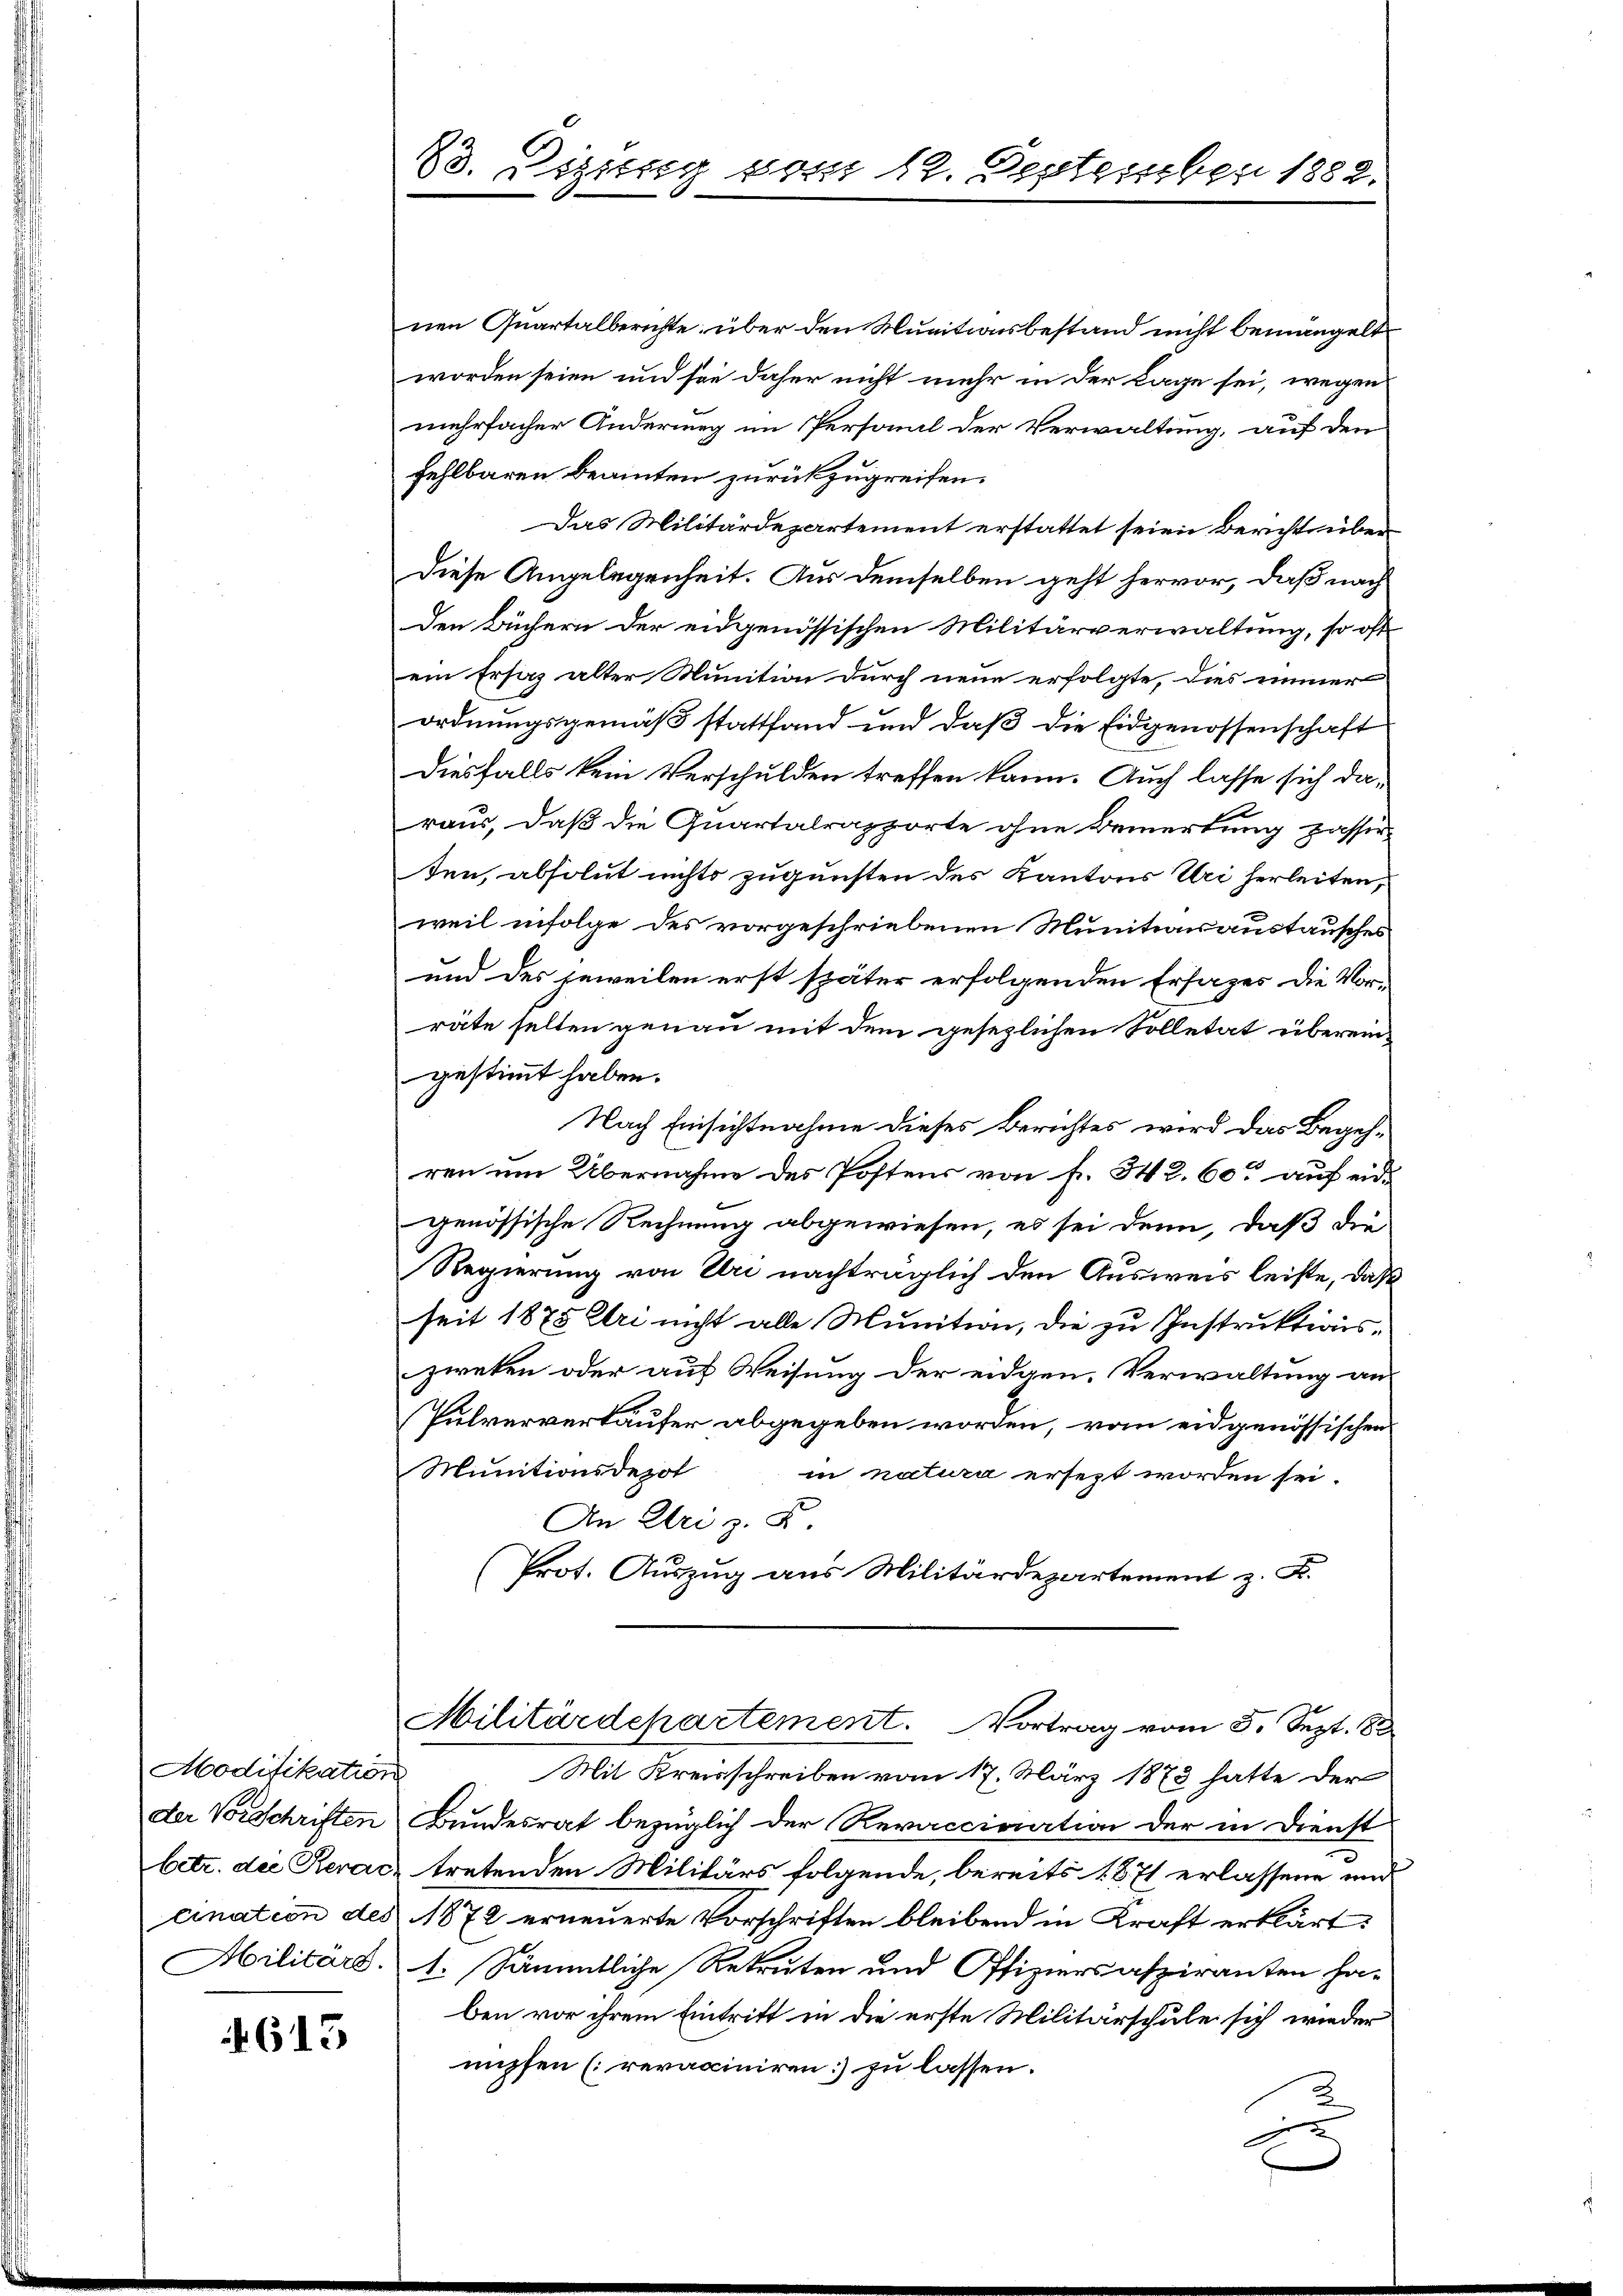
Modifikation
der Vorschriften
betr. der Rerac
cination des
Militärs.

613

23. Dezung vom 12. September 1882.

nen Quartalberichte über den Munitionsbestand nicht bemangelt
worden seien und sie daher nicht mehr in der Lage sei, wegen
mehrfacher Anderung im Personil der Verwaltung, auf den
fehlbaren Beamten zurückzugreifen.
Das Militärdepartement erstattet seien Berichtsüber
Diese Angelegenheit. Aus demselben geht hervor, daß nach
Den Büchern der eidgenössischen Militärverwaltung, so oft
ein Ersatz alter Munition durch neue erfolgte, dies immer
ordnungsgemäß stattfand und daß die Eidgenossenschaft
diesfalls kein Verschulden treffen kann. Auch lasse sich daraus, daß die Quartalrapporte ohne Bemerkung passier-
ten, absolut nichts zugunsten des Kantons Uri herleiten,
weil infolge des vorgeschriebenen Munitionsaustausches
und des jeweilen erst später erfolgenden Ersatzes die Vorräte selten genau mit dem gesezlichen Solletat übereingestimmt haben.
Nach Einsichtnahme dieses Berichtes wird das Begehren um Übernahme des Postens von fr. 342. 60 auf eidgenössische Rechnung abgewiesen, es sei denn, daß die
Regierung von Uri nachträglich den Ausweis leiste, daß
seit 1875 Uri nicht alle Munition, die zu Instruktionszweken oder auf Weisung der eidgen. Verwaltung an
Pulververkäufer abgegeben worden, vom eidgenössischen
Munitionsdepol in natura ersezt worden sei.
An Uri z. B.
Prot. Auszug aus Militärdepartement z. K.
Militärdepartement. Vortrag vom 5. Sept. 188
Mit Kreisschreiben vom 17. März 1873 hatte der
Bundesrat bezüglich der Revaccination der in Dienst
tretenden Militärs folgende, bereits 1871 erlassene und
1872 erneuerte Vorschriften bleibend in Kraft erklärt:
1. Sämmtliche Rekruten und Offiziersaspiranten ha-
ben vor ihrem Eintritt in die erste Militärschule sich wieder
nüpfen [revaciniren] zu lassen.
e